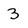
Character: 3